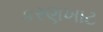
કરણખાટ